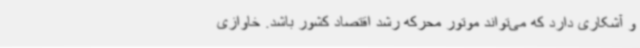
و آشکاری دارد که می‌تواند موتور محرکه رشد اقتصاد کشور باشد. خاوازی